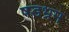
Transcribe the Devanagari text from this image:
षडभ्रम